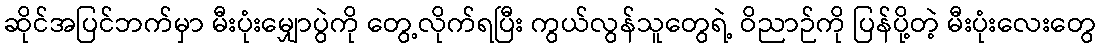
ဆိုင်အပြင်ဘက်မှာ မီးပုံးမျှောပွဲကို တွေ့လိုက်ရပြီး ကွယ်လွန်သူတွေရဲ့ ဝိညာဉ်ကို ပြန်ပို့တဲ့ မီးပုံးလေးတွေ